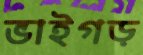
ভাইগড়